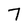
Character: 7